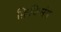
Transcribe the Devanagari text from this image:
फ़िक्सिंग